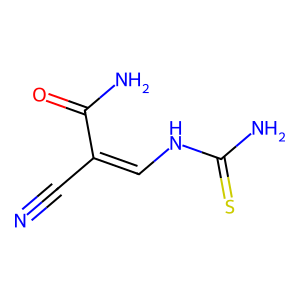
SMILES: N#CC(=CNC(N)=S)C(N)=O
Inhibits HIV replication: No